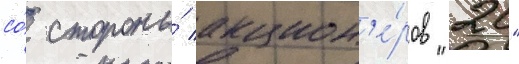
со́ стороны́ акцион'е́ров "20"